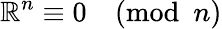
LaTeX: \mathbb{R}^{n}\equiv0{\pmod{n}}